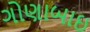
ગોણાબાઇ